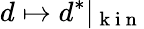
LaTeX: d\mapsto d^{*}\vert_{\mathrm{~k~i~n~}}